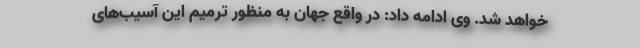
خواهد شد. وی ادامه داد: در واقع جهان به منظور ترمیم این آسیب‌های